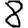
Digit: 8